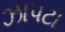
ઝાપટા